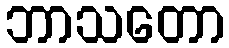
ဘာသတော